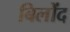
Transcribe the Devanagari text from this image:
बिलोंद